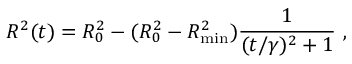
R ^ { 2 } ( t ) = R _ { 0 } ^ { 2 } - ( R _ { 0 } ^ { 2 } - R _ { \mathrm { m i n } } ^ { 2 } ) \frac { 1 } { ( t / \gamma ) ^ { 2 } + 1 } ~ ,